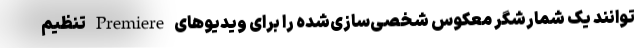
توانند یک شمارشگر معکوس شخصی‌سازی‌شده را برای ویدیوهای Premiere تنظیم